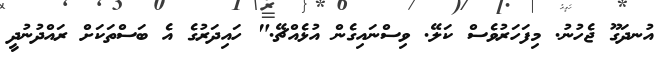
އުނދަގޫ ޖެހުނު. މިފަހަރުވެސް ކަލޭ. ވިސްނައިގެން އުޅެއްޗޭ." ހައިދަރުގެ އެ ބަސްތަކަށް ރައްދުނުދީ